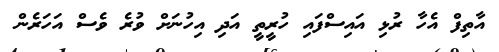
އާތިފް އެހާ ރުޅި އައިސްފައި ހުރީތީ އަދި އިހުނަށް ވުރެ ވެސް އަހަރެން